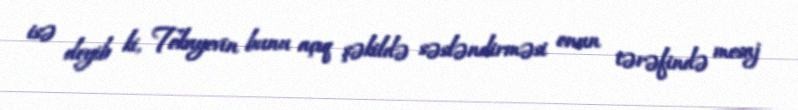
isə deyib ki, Tokayevin bunu açıq şəkildə səsləndirməsi onun tərəfində mesaj